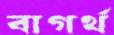
বাগর্থ